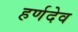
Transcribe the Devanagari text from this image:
हर्णदेव